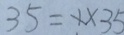
3 5 = 1 \times 3 5